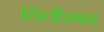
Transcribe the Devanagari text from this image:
चित्तौरगढ़